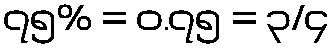
၇၅% = ၀.၇၅ = ၃/၄